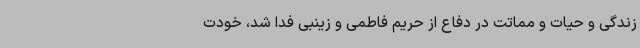
زندگی و حیات و مماتت در دفاع از حریم فاطمی‌ و زینبی فدا شد، خودت